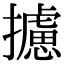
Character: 攄